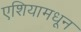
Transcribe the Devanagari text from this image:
एशियामधून